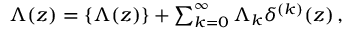
\begin{array} { r } { \Lambda ( z ) = \{ \Lambda ( z ) \} + \sum _ { k = 0 } ^ { \infty } \Lambda _ { k } \delta ^ { ( k ) } ( z ) \, , } \end{array}